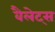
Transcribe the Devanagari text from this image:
वैलेट्स